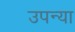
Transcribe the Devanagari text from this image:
उपन्या